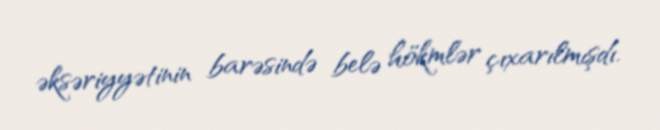
əksəriyyətinin barəsində belə hökmlər çıxarılmışdı.